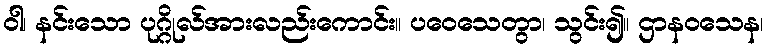
ဝါ၊ နင်းသော ပုဂ္ဂိုလ်အားလည်းကောင်း။ ပဝေသေတွာ၊ သွင်း၍။ ဌာနဝသေန၊